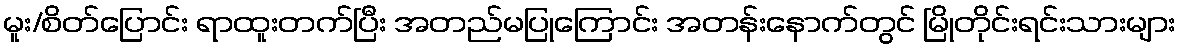
မူး/စိတ်ပြောင်း ရာထူးတက်ပြီး အတည်မပြုကြောင်း အတန်းနောက်တွင် မြိုတိုင်းရင်းသားများ